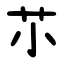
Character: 䒕